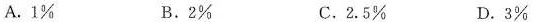
A.1% B.2% C.2.5% D.3%